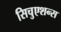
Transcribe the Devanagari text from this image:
सिचुएशन्स